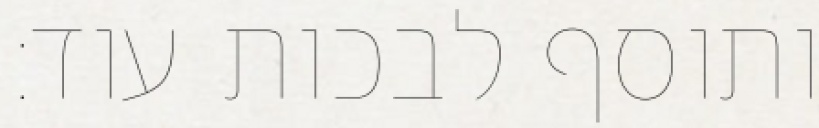
ותוסף לבכות עוד: